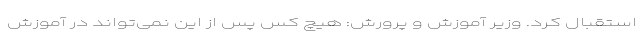
استقبال کرد. وزیر آموزش و پرورش: هیچ کس پس از این نمی‌تواند در آموزش